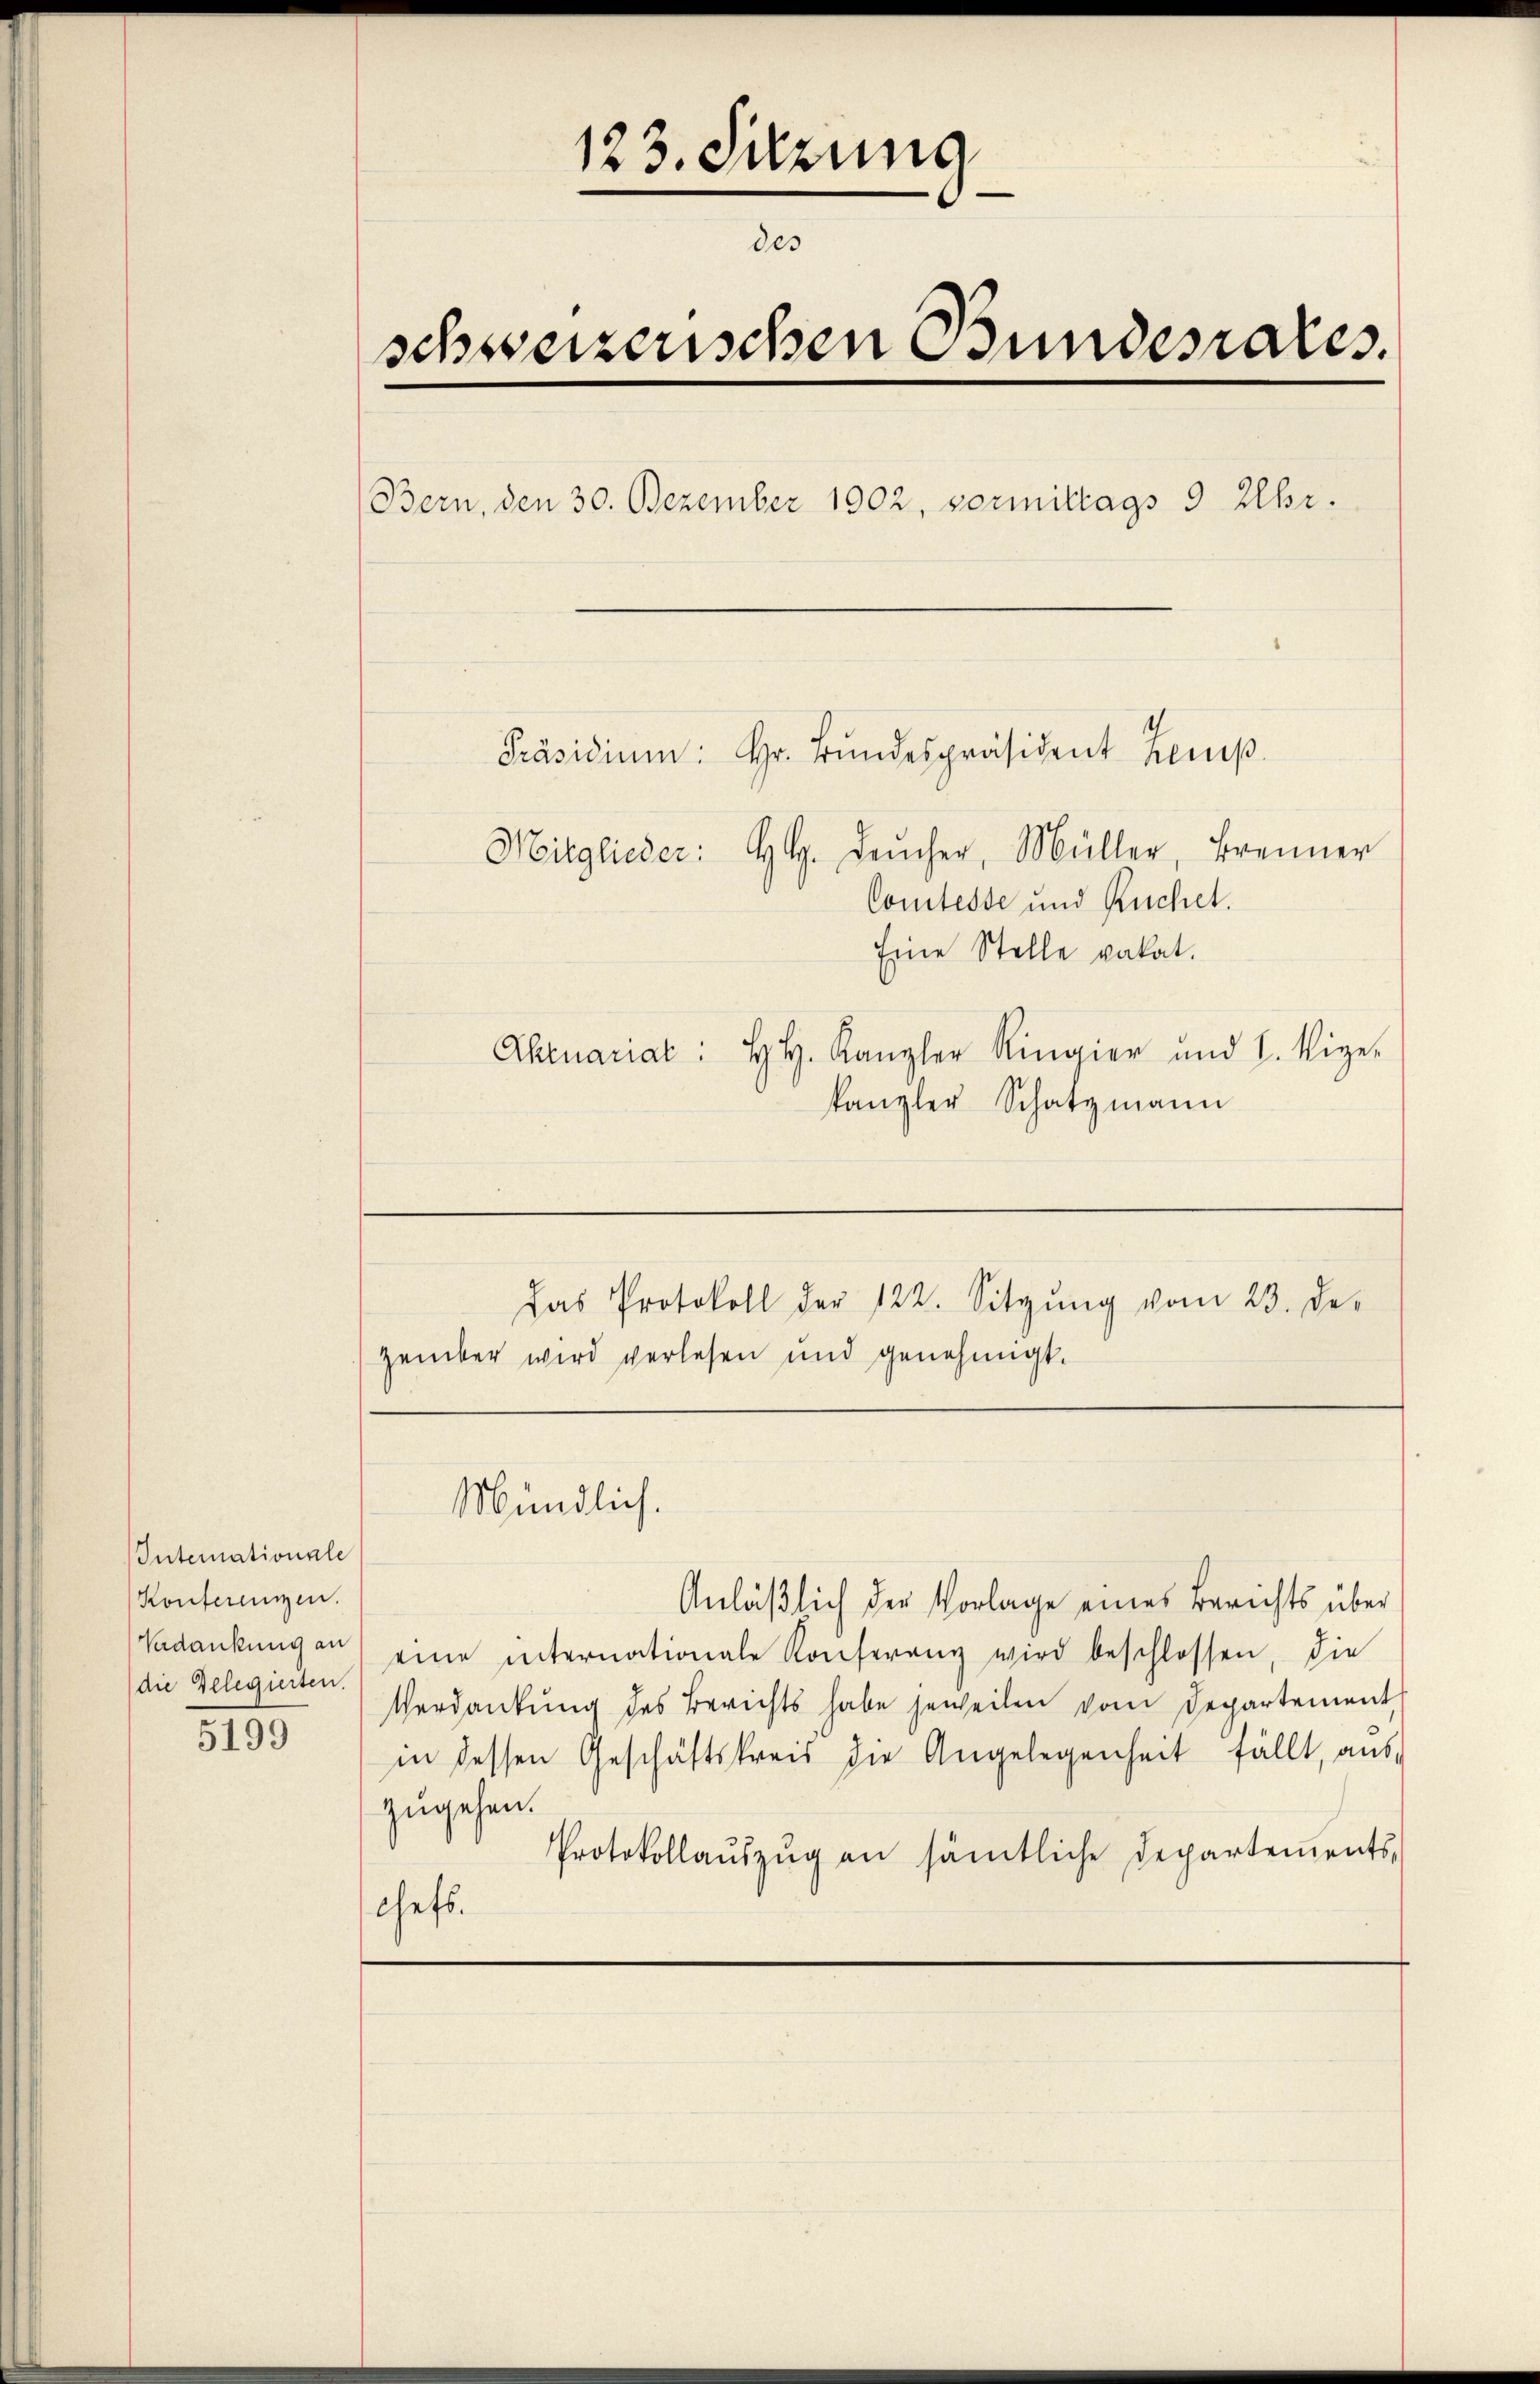
Internationale
Konferenzzen.
Verdankung an
die Gelegierten.
5199

123. Sitzung
des
schweizerischen Bundesrates.
Bern, den 30. Dezember 1902, vormittags 9 Uhr.

Präsidium: Hr. Bŭndespräsident Kemp
Mitglieder: Hl. Leŭcher, Müller, Brenner
Comtesse und Ruchet.
Eine Stelle vakat.
Abruariat: H. H. Kanzler Ringier und I. Rige-
kanzler Schatzmann

zember wird verlesen und genehmigt.

Mündlich.

Das Protokoll der 122. Sitzŭng vom 23. de

Anläβlich der Vorlage eines Berichts über
eine internationale Konferenz wird beschlossen, die
Verdankung des Berichts habe jeweilen vom Departement
in dessen Geschäftskreis die Angelegenheit fällt, auszugehen.
Protokollaŭszŭg an sämtliche Departements,
schaft.